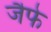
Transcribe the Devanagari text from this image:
जैफे